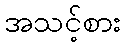
အသင့်စား